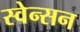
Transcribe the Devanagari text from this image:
स्वेन्सन